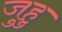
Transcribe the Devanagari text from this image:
जुहु